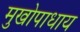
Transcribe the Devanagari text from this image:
मुखोपाधाय